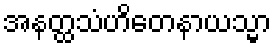
အနတ္ထသံဟိတေနာယသ္မာ